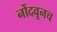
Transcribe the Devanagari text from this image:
नोंदवूनच